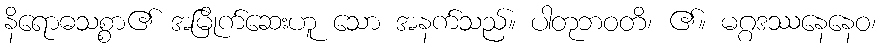
နိရောဓသစ္စာ၏ အမြိုက်ဆေးဟူ သော အနက်သည်။ ပါတုဘဝတိ၊ ၏။ မဂ္ဂဒဿနေနေဝ၊